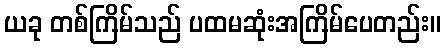
ယခု တစ်ကြိမ်သည် ပထမဆုံးအကြိမ်ပေတည်း။